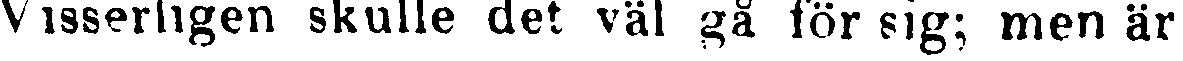
Visserligen skulle det väl gå för sig; men är